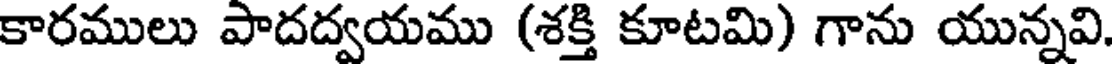
కారములు పాదద్వయము (శక్తి కూటమి) గాను యున్నవి